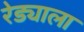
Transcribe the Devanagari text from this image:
रेड्याला